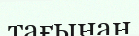
тағынан